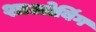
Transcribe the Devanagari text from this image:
शाओबिंग